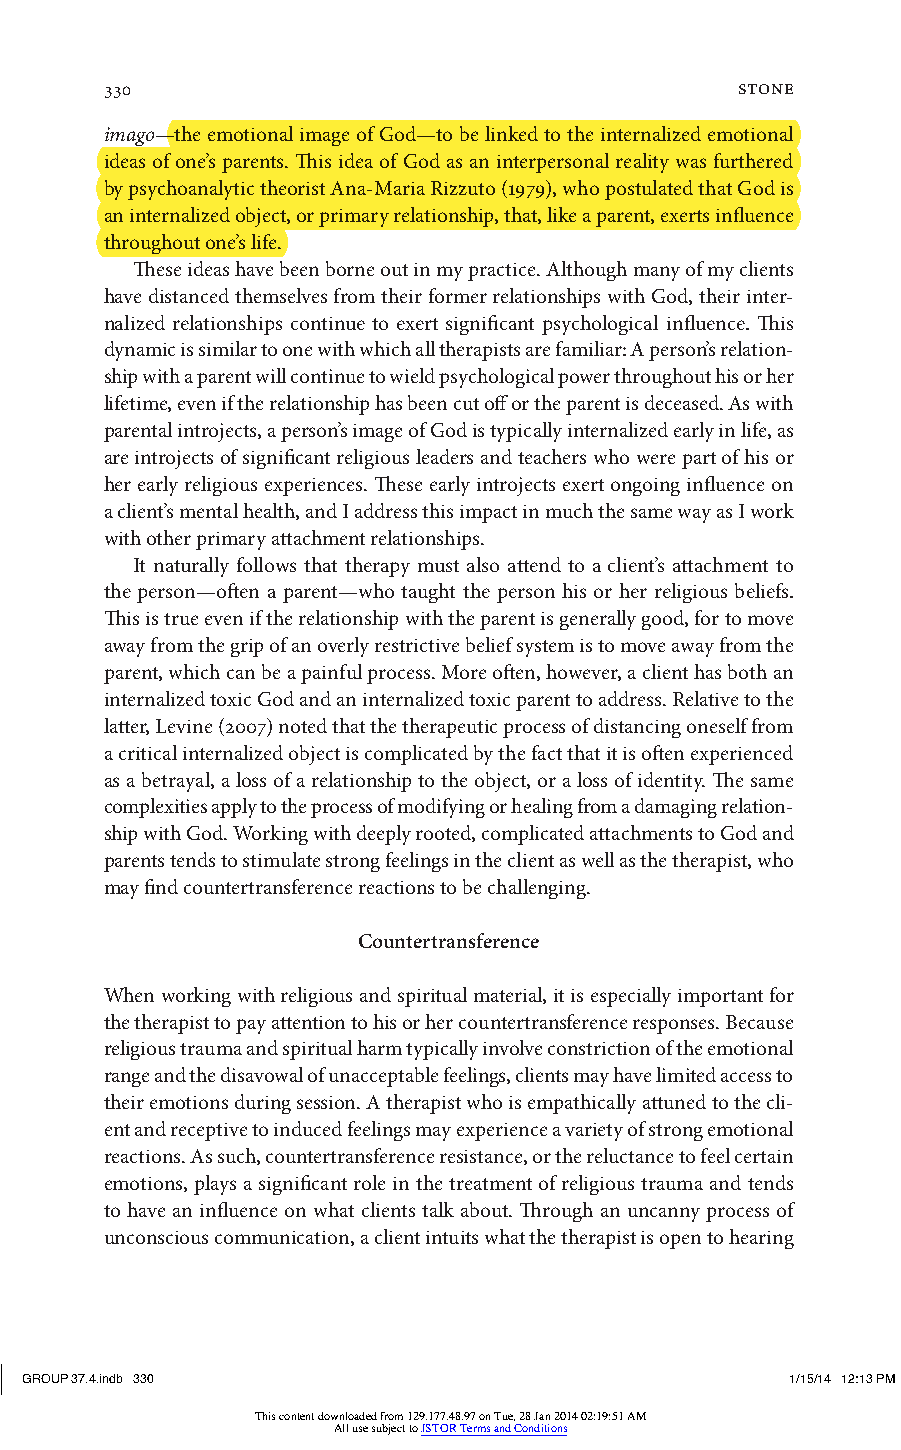
330                                       stone
 imago—the emotional image of God—to be linked to the internalized emotional
 ideas of one’s parents. This idea of God as an interpersonal reality was furthered
 by psychoanalytic theorist Ana-Maria Rizzuto (1979), who postulated that God is
 an internalized object, or primary relationship, that, like a parent, exerts influence
 throughout one’s life.
 These ideas have been borne out in my practice. Although many of my clients
 have distanced themselves from their former relationships with God, their inter-
 nalized relationships continue to exert significant psychological influence. This
 dynamic is similar to one with which all therapists are familiar: A person’s relation-
 ship with a parent will continue to wield psychological power throughout his or her
 lifetime, even if the relationship has been cut off or the parent is deceased. As with
 parental introjects, a person’s image of God is typically internalized early in life, as
 are introjects of significant religious leaders and teachers who were part of his or
 her early religious experiences. These early introjects exert ongoing influence on
 a client’s mental health, and I address this impact in much the same way as I work
 with other primary attachment relationships.
 It naturally follows that therapy must also attend to a client’s attachment to
 the person—often a parent—who taught the person his or her religious beliefs.
 This is true even if the relationship with the parent is generally good, for to move
 away from the grip of an overly restrictive belief system is to move away from the
 parent, which can be a painful process. More often, however, a client has both an
 internalized toxic God and an internalized toxic parent to address. Relative to the
 latter, Levine (2007) noted that the therapeutic process of distancing oneself from
 a critical internalized object is complicated by the fact that it is often experienced
 as a betrayal, a loss of a relationship to the object, or a loss of identity. The same
 complexities apply to the process of modifying or healing from a damaging relation-
 ship with God. Working with deeply rooted, complicated attachments to God and
 parents tends to stimulate strong feelings in the client as well as the therapist, who
 may find countertransference reactions to be challenging.
 Countertransference
 When working with religious and spiritual material, it is especially important for
 the therapist to pay attention to his or her countertransference responses. Because
 religious trauma and spiritual harm typically involve constriction of the emotional
 range and the disavowal of unacceptable feelings, clients may have limited access to
 their emotions during session. A therapist who is empathically attuned to the cli-
 ent and receptive to induced feelings may experience a variety of strong emotional
 reactions. As such, countertransference resistance, or the reluctance to feel certain
 emotions, plays a significant role in the treatment of religious trauma and tends
 to have an influence on what clients talk about. Through an uncanny process of
 unconscious communication, a client intuits what the therapist is open to hearing
 GROUP 37.4.indb 330                                1/15/14 12:13 PM
 This content downloaded from 129.177.48.97 on Tue, 28 Jan 2014 02:19:51 AM
 All use subject to JSTOR Terms and Conditions